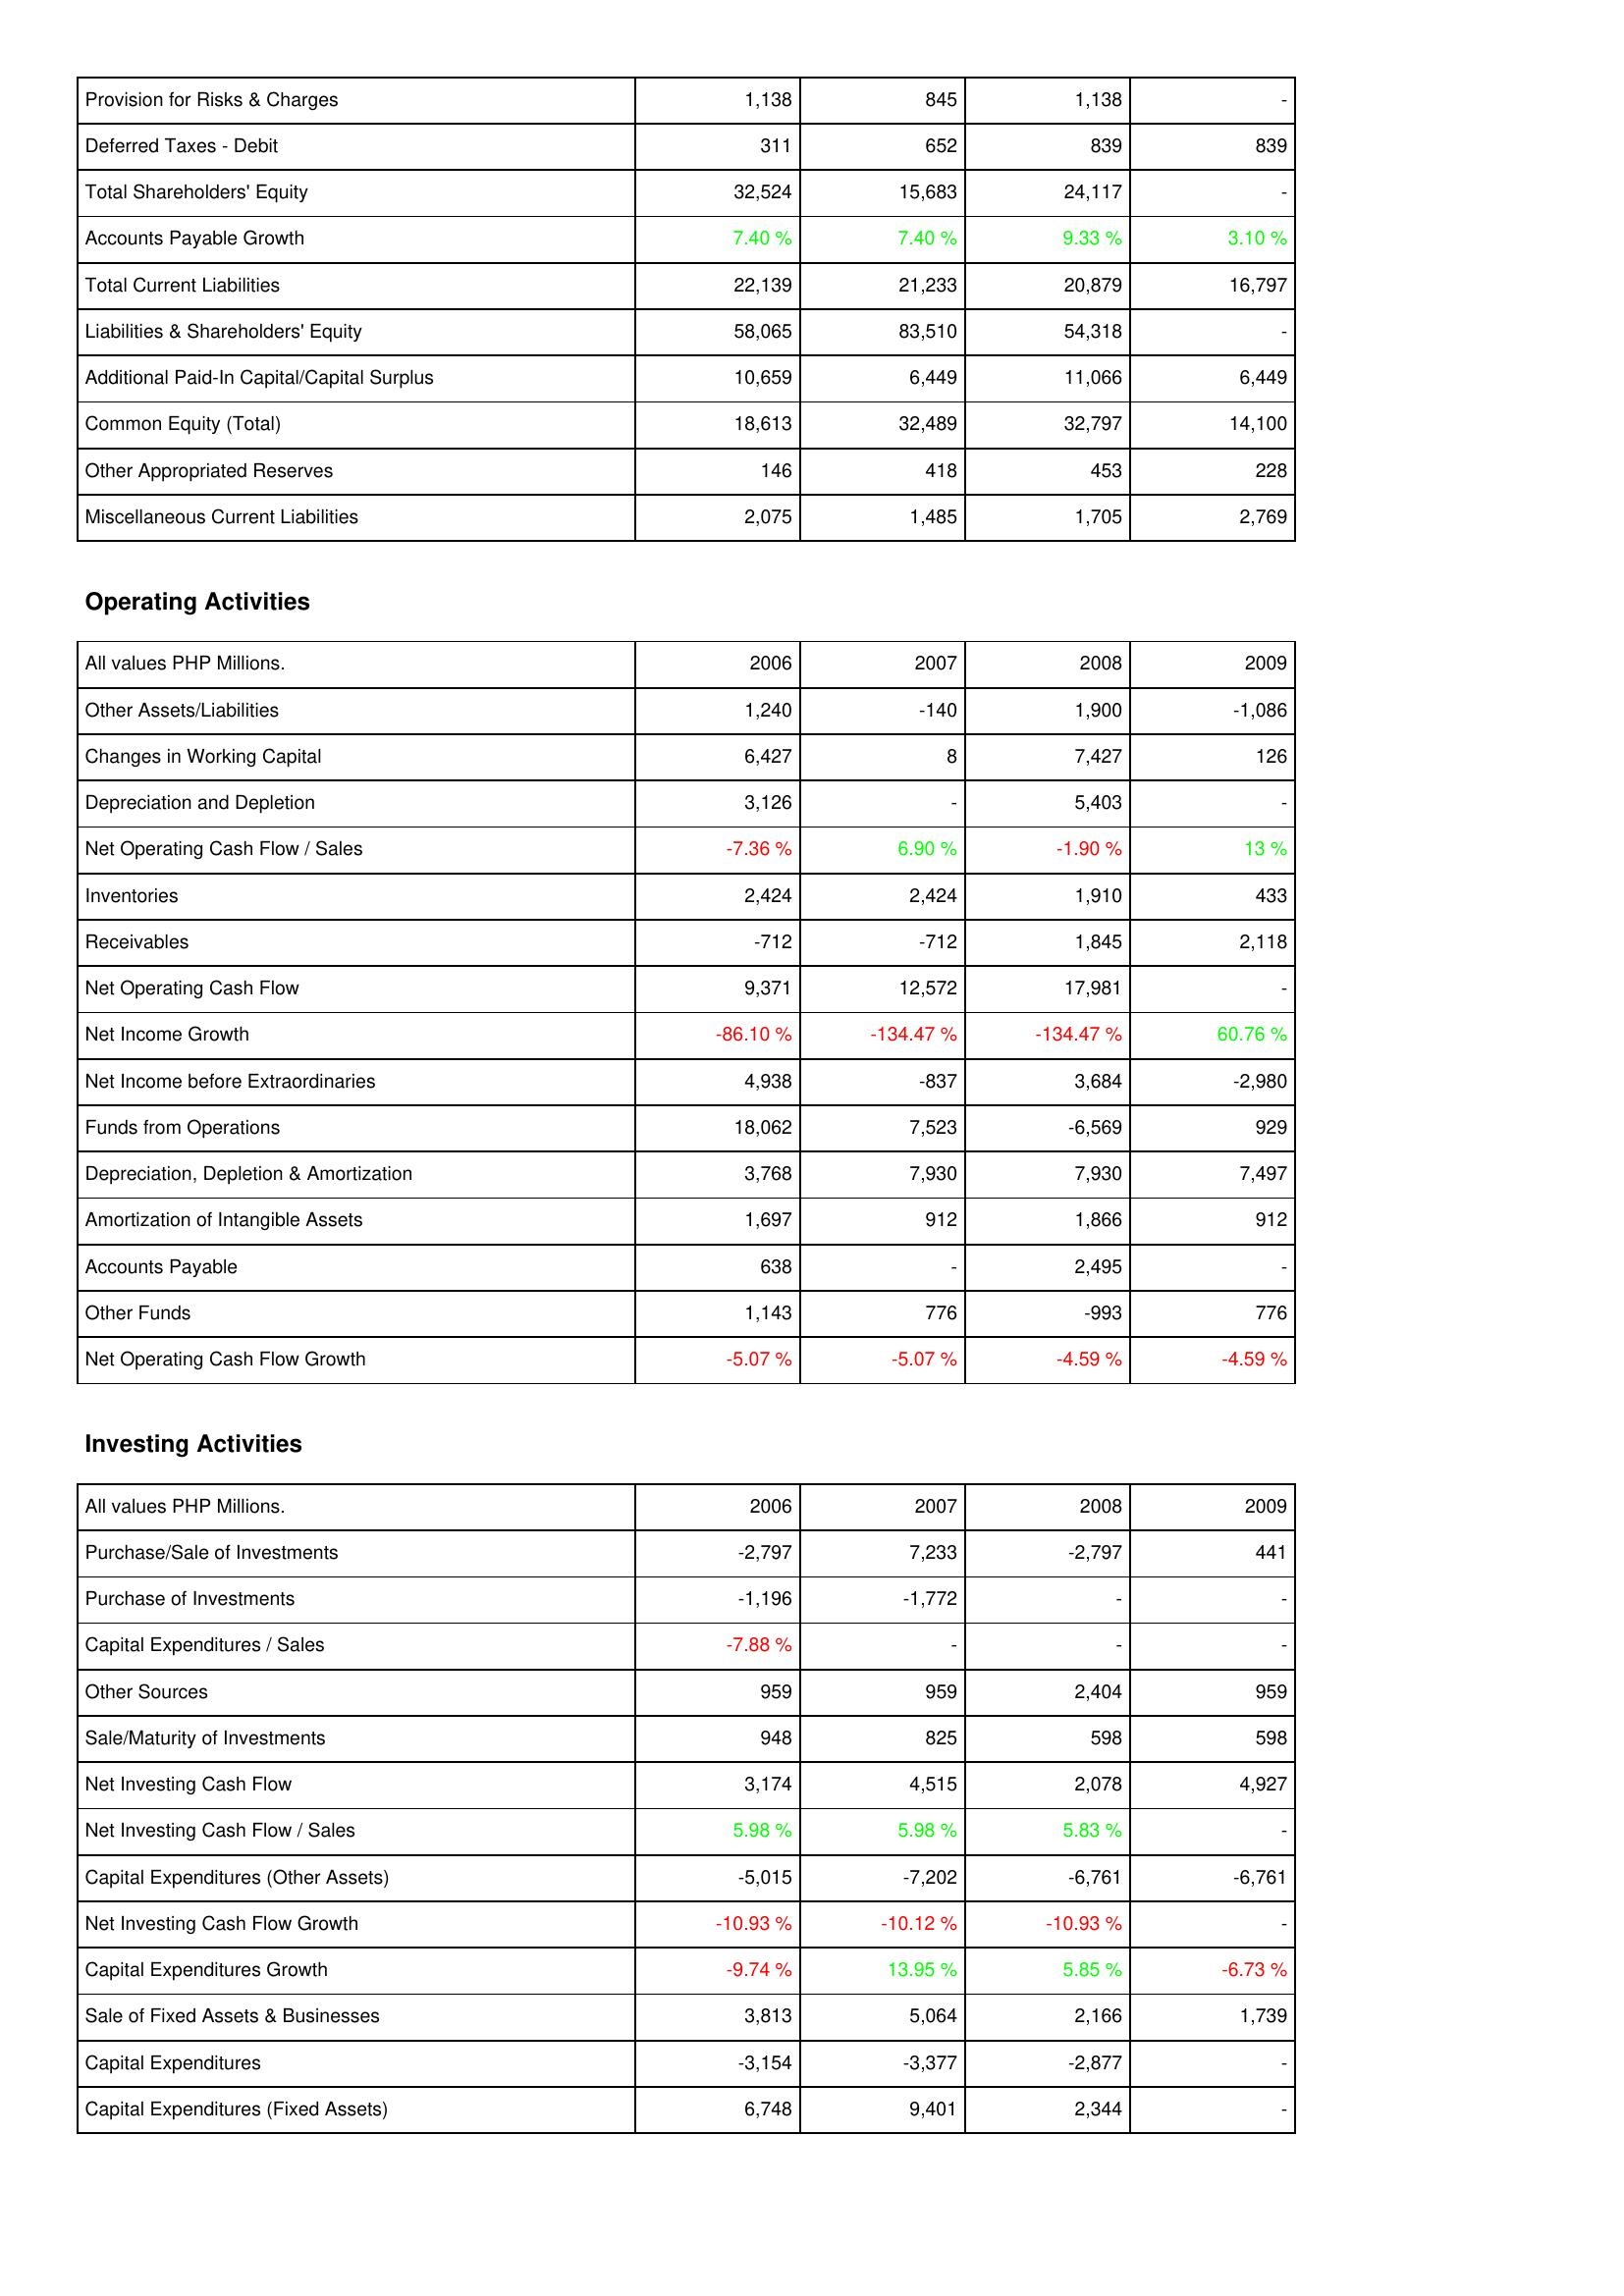
2006: Liabilities & Shareholders' Equity: Provision for Risks & Charges: 1,138
Deferred Taxes - Debit: 311
Total Shareholders' Equity: 32,524
Accounts Payable Growth: 7.40 %
Total Current Liabilities: 22,139
Liabilities & Shareholders' Equity: 58,065
Additional Paid-In Capital/Capital Surplus: 10,659
Common Equity (Total): 18,613
Other Appropriated Reserves: 146
Miscellaneous Current Liabilities: 2,075
Operating Activities: Other Assets/Liabilities: 1,240
Changes in Working Capital: 6,427
Depreciation and Depletion: 3,126
Net Operating Cash Flow / Sales: -7.36 %
Inventories: 2,424
Receivables: -712
Net Operating Cash Flow: 9,371
Net Income Growth: -86.10 %
Net Income before Extraordinaries: 4,938
Funds from Operations: 18,062
Depreciation, Depletion & Amortization: 3,768
Amortization of Intangible Assets: 1,697
Accounts Payable: 638
Other Funds: 1,143
Net Operating Cash Flow Growth: -5.07 %
Investing Activities: Purchase/Sale of Investments: -2,797
Purchase of Investments: -1,196
Capital Expenditures / Sales: -7.88 %
Other Sources: 959
Sale/Maturity of Investments: 948
Net Investing Cash Flow: 3,174
Net Investing Cash Flow / Sales: 5.98 %
Capital Expenditures (Other Assets): -5,015
Net Investing Cash Flow Growth: -10.93 %
Capital Expenditures Growth: -9.74 %
Sale of Fixed Assets & Businesses: 3,813
Capital Expenditures: -3,154
Capital Expenditures (Fixed Assets): 6,748
2007: Liabilities & Shareholders' Equity: Provision for Risks & Charges: 845
Deferred Taxes - Debit: 652
Total Shareholders' Equity: 15,683
Accounts Payable Growth: 7.40 %
Total Current Liabilities: 21,233
Liabilities & Shareholders' Equity: 83,510
Additional Paid-In Capital/Capital Surplus: 6,449
Common Equity (Total): 32,489
Other Appropriated Reserves: 418
Miscellaneous Current Liabilities: 1,485
Operating Activities: Other Assets/Liabilities: -140
Changes in Working Capital: 8
Depreciation and Depletion: -
Net Operating Cash Flow / Sales: 6.90 %
Inventories: 2,424
Receivables: -712
Net Operating Cash Flow: 12,572
Net Income Growth: -134.47 %
Net Income before Extraordinaries: -837
Funds from Operations: 7,523
Depreciation, Depletion & Amortization: 7,930
Amortization of Intangible Assets: 912
Accounts Payable: -
Other Funds: 776
Net Operating Cash Flow Growth: -5.07 %
Investing Activities: Purchase/Sale of Investments: 7,233
Purchase of Investments: -1,772
Capital Expenditures / Sales: -
Other Sources: 959
Sale/Maturity of Investments: 825
Net Investing Cash Flow: 4,515
Net Investing Cash Flow / Sales: 5.98 %
Capital Expenditures (Other Assets): -7,202
Net Investing Cash Flow Growth: -10.12 %
Capital Expenditures Growth: 13.95 %
Sale of Fixed Assets & Businesses: 5,064
Capital Expenditures: -3,377
Capital Expenditures (Fixed Assets): 9,401
2008: Liabilities & Shareholders' Equity: Provision for Risks & Charges: 1,138
Deferred Taxes - Debit: 839
Total Shareholders' Equity: 24,117
Accounts Payable Growth: 9.33 %
Total Current Liabilities: 20,879
Liabilities & Shareholders' Equity: 54,318
Additional Paid-In Capital/Capital Surplus: 11,066
Common Equity (Total): 32,797
Other Appropriated Reserves: 453
Miscellaneous Current Liabilities: 1,705
Operating Activities: Other Assets/Liabilities: 1,900
Changes in Working Capital: 7,427
Depreciation and Depletion: 5,403
Net Operating Cash Flow / Sales: -1.90 %
Inventories: 1,910
Receivables: 1,845
Net Operating Cash Flow: 17,981
Net Income Growth: -134.47 %
Net Income before Extraordinaries: 3,684
Funds from Operations: -6,569
Depreciation, Depletion & Amortization: 7,930
Amortization of Intangible Assets: 1,866
Accounts Payable: 2,495
Other Funds: -993
Net Operating Cash Flow Growth: -4.59 %
Investing Activities: Purchase/Sale of Investments: -2,797
Purchase of Investments: -
Capital Expenditures / Sales: -
Other Sources: 2,404
Sale/Maturity of Investments: 598
Net Investing Cash Flow: 2,078
Net Investing Cash Flow / Sales: 5.83 %
Capital Expenditures (Other Assets): -6,761
Net Investing Cash Flow Growth: -10.93 %
Capital Expenditures Growth: 5.85 %
Sale of Fixed Assets & Businesses: 2,166
Capital Expenditures: -2,877
Capital Expenditures (Fixed Assets): 2,344
2009: Liabilities & Shareholders' Equity: Provision for Risks & Charges: -
Deferred Taxes - Debit: 839
Total Shareholders' Equity: -
Accounts Payable Growth: 3.10 %
Total Current Liabilities: 16,797
Liabilities & Shareholders' Equity: -
Additional Paid-In Capital/Capital Surplus: 6,449
Common Equity (Total): 14,100
Other Appropriated Reserves: 228
Miscellaneous Current Liabilities: 2,769
Operating Activities: Other Assets/Liabilities: -1,086
Changes in Working Capital: 126
Depreciation and Depletion: -
Net Operating Cash Flow / Sales: 13 %
Inventories: 433
Receivables: 2,118
Net Operating Cash Flow: -
Net Income Growth: 60.76 %
Net Income before Extraordinaries: -2,980
Funds from Operations: 929
Depreciation, Depletion & Amortization: 7,497
Amortization of Intangible Assets: 912
Accounts Payable: -
Other Funds: 776
Net Operating Cash Flow Growth: -4.59 %
Investing Activities: Purchase/Sale of Investments: 441
Purchase of Investments: -
Capital Expenditures / Sales: -
Other Sources: 959
Sale/Maturity of Investments: 598
Net Investing Cash Flow: 4,927
Net Investing Cash Flow / Sales: -
Capital Expenditures (Other Assets): -6,761
Net Investing Cash Flow Growth: -
Capital Expenditures Growth: -6.73 %
Sale of Fixed Assets & Businesses: 1,739
Capital Expenditures: -
Capital Expenditures (Fixed Assets): -